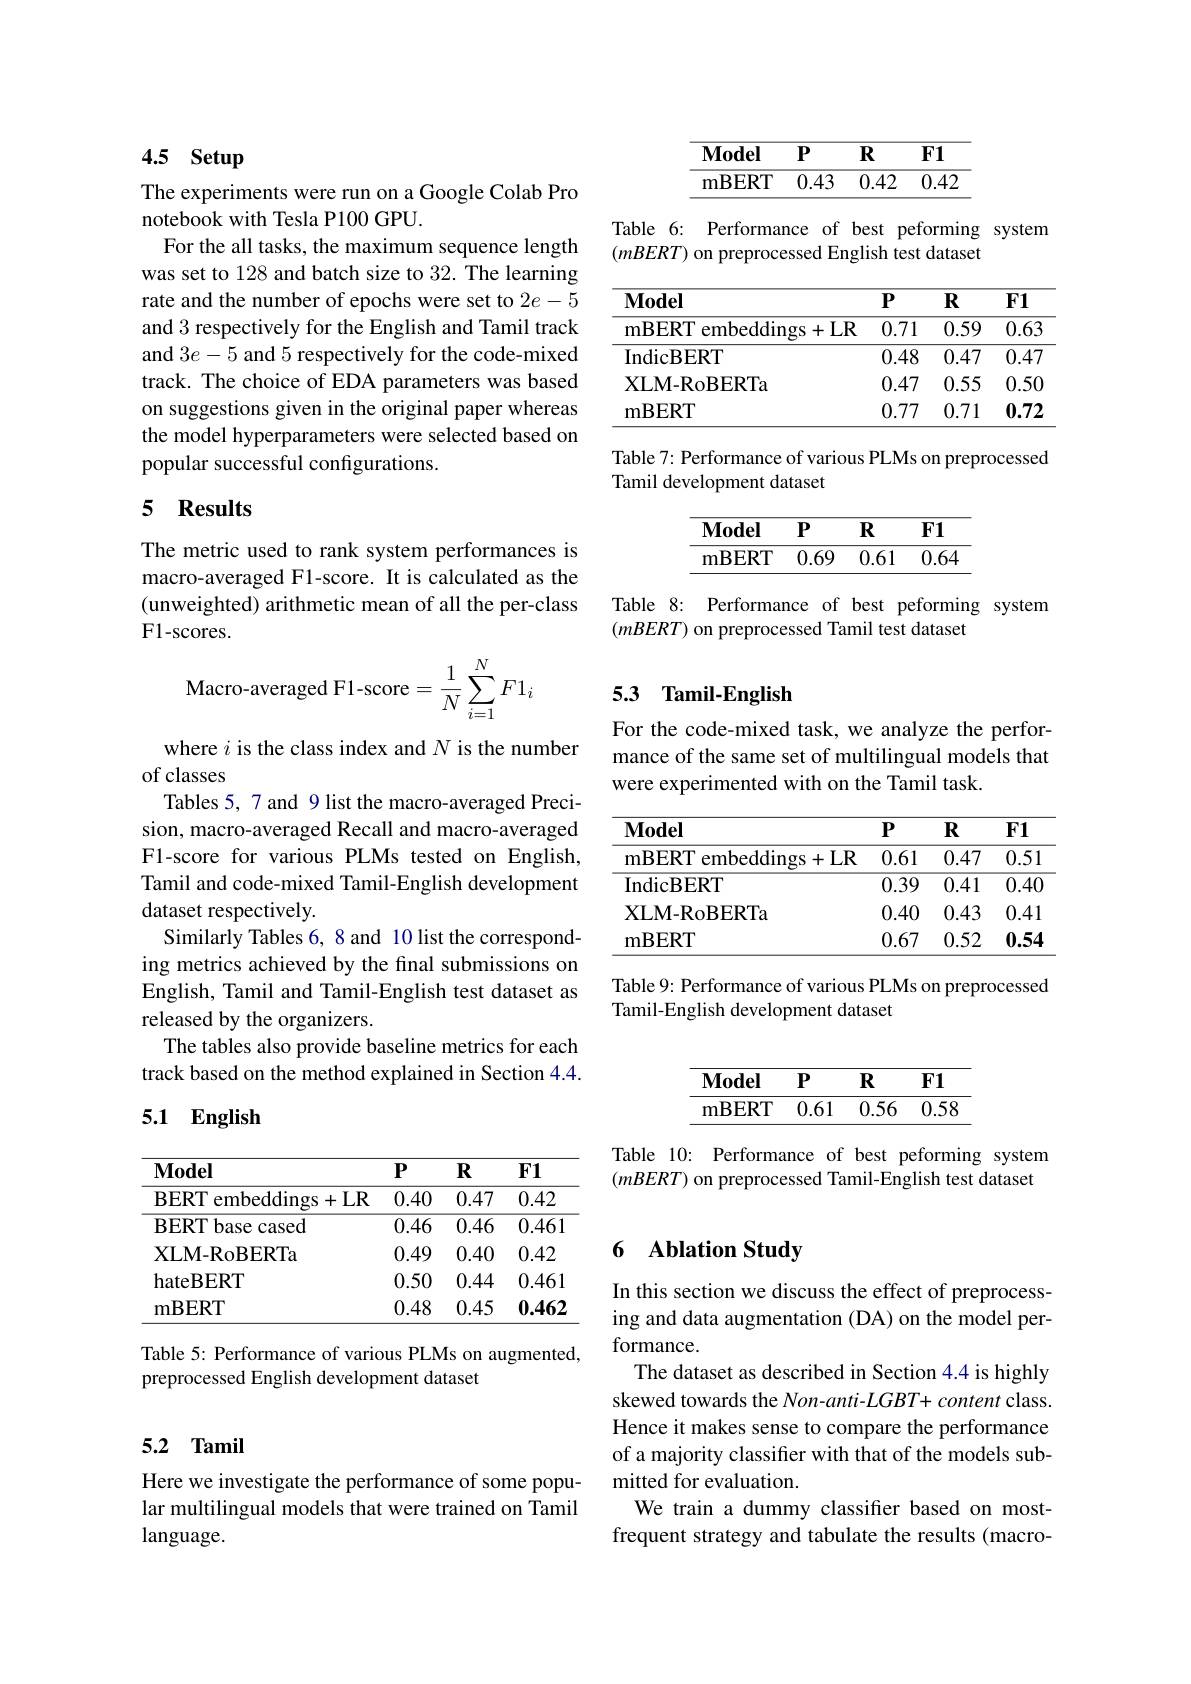
# 4.5 Setup

The experiments were run on a Google Colab Pro
notebook with Tesla P100 GPU.
For the all tasks, the maximum sequence length was set to 128 and batch size to 32. The learning rate and the number of epochs were set to $2e-5$ and 3 respectively for the English and Tamil track and $3e-5$ and 5 respectively for the code-mixed track. The choice of EDA parameters was based on suggestions given in the original paper whereas the model hyperparameters were selected based on popular successful configurations.

## 5 Results

The metric used to rank system performances is macro-averaged F1-score. It is calculated as the (unweighted) arithmetic mean of all the per-class F1-scores.
$$\text{Macro-averaged F1-score}=\dfrac{1}{N}\sum_{i=1}^{N}F1_{i}$$
where $i$ is the class index and $N$ is the number
of classes
Tables 5, 7 and 9 list the macro-averaged Precision, macro-averaged Recall and macro-averaged F1-score for various PLMs tested on English, Tamil and code-mixed Tamil-English development dataset respectively.
Similarly Tables 6, 8 and 10 list the corresponding metrics achieved by the final submissions on English, Tamil and Tamil-English test dataset as released by the organizers.
The tables also provide baseline metrics for each track based on the method explained in Section 4.4.

## 5.1 English

<table>
	<tbody>
		<tr>
			<th>$\mathbf{Model}$</th>
			<th>$P$</th>
			<th>$\mathbf{R}$</th>
			<th>$\mathbf{F1}$</th>
		</tr>
		<tr>
			<td>BERT embeddings+ LR</td>
			<td>0.40</td>
			<td>0.47</td>
			<td>0.42</td>
		</tr>
		<tr>
			<td>BERT base cased</td>
			<td>0.46</td>
			<td>0.46</td>
			<td>0.461</td>
		</tr>
		<tr>
			<td>XLM-RoBERTa</td>
			<td>0.49</td>
			<td>0.40</td>
			<td>0.42</td>
		</tr>
		<tr>
			<td>hateBERT</td>
			<td>0.50</td>
			<td>0.44</td>
			<td>0.461</td>
		</tr>
		<tr>
			<td>mBERT</td>
			<td>0.48</td>
			<td>0.45</td>
			<td>0.462</td>
		</tr>
	</tbody>
</table>

Table 5: Performance of various PLMs on augmented,
preprocessed English development dataset

### 5.2 Tamil

Here we investigate the performance of some popular multilingual models that were trained on Tamil language.

<table>
	<tbody>
		<tr>
			<th>$\mathbf{Model}$</th>
			<th>$P$</th>
			<th>$R$</th>
			<th>$\mathbf{F1}$</th>
		</tr>
		<tr>
			<td>mBERT</td>
			<td>0.43</td>
			<td>0.42</td>
			<td>0.42</td>
		</tr>
	</tbody>
</table>

Table 6: Performance of best peforming system
$(mBERT)$ on preprocessed English test dataset

<table>
	<tbody>
		<tr>
			<th>$\mathbf{Model}$</th>
			<th>$P$</th>
			<th>$\mathbf{R}$</th>
			<th>$F1$</th>
		</tr>
		<tr>
			<td>mBERT embeddings+ LR</td>
			<td>0.71</td>
			<td>0.59</td>
			<td>0.63</td>
		</tr>
		<tr>
			<td>IndicBERT</td>
			<td>0.48</td>
			<td>0.47</td>
			<td>0.47</td>
		</tr>
		<tr>
			<td>XLM-RoBERTa</td>
			<td>0.47</td>
			<td>0.55</td>
			<td>0.50</td>
		</tr>
		<tr>
			<td>$\mathbf{mBERT}$</td>
			<td>0.77</td>
			<td>0.71</td>
			<td>0.72</td>
		</tr>
	</tbody>
</table>

Table 7: Performance of various PLMs on preprocessed
Tamil development dataset

<table>
	<tbody>
		<tr>
			<th>$\mathbf{Model}$</th>
			<th>$P$</th>
			<th>$\mathbf{R}$</th>
			<th>$\mathbf{F1}$</th>
		</tr>
		<tr>
			<td>mBERT</td>
			<td>0.69</td>
			<td>0.61</td>
			<td>0.64</td>
		</tr>
	</tbody>
</table>

Table 8: Performance of best peforming system
$(mBERT)$ on preprocessed Tamil test dataset

## 5.3 Tamil-English

For the code-mixed task, we analyze the performance of the same set of multilingual models that were experimented with on the Tamil task.

<table>
	<tbody>
		<tr>
			<th>$\mathbf{Model}$</th>
			<th>$P$</th>
			<th>$\mathbf{R}$</th>
			<th>$F1$</th>
		</tr>
		<tr>
			<td>mBERT embeddings+ LR</td>
			<td>0.61</td>
			<td>0.47</td>
			<td>0.51</td>
		</tr>
		<tr>
			<td>IndicBERT</td>
			<td>0.39</td>
			<td>0.41</td>
			<td>0.40</td>
		</tr>
		<tr>
			<td>XLM-RoBERTa</td>
			<td>0.40</td>
			<td>0.43</td>
			<td>0.41</td>
		</tr>
		<tr>
			<td>$\mathbf{mBERT}$</td>
			<td>0.67</td>
			<td>0.52</td>
			<td>0.54</td>
		</tr>
	</tbody>
</table>

Table 9: Performance of various PLMs on preprocessed
Tamil-English development dataset

<table>
	<tbody>
		<tr>
			<th>$\mathbf{Model}$</th>
			<th>$P$</th>
			<th>$\mathbf{R}$</th>
			<th>$\mathbf{F1}$</th>
		</tr>
		<tr>
			<td>mBERT 1</td>
			<td>0.61</td>
			<td>0.56</td>
			<td>0.58</td>
		</tr>
	</tbody>
</table>

Table 10: Performance of best peforming system $(mBERT)$ on preprocessed Tamil-English test dataset

## 6 Ablation Study

In this section we discuss the effect of preprocessing and data augmentation (DA) on the model performance.
The dataset as described in Section 4.4 is highly skewed towards the Non-anti-LGBT+ content class. Hence it makes sense to compare the performance of a majority classifer with that of the models submitted for evaluation.
We train a dummy classifier based on mostfrequent strategy and tabulate the results (macro-